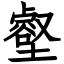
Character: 壑